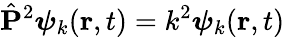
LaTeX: \hat{\mathbf{P}}^{2}\boldsymbol{\psi}_{k}(\mathbf{r},t)=k^{2}\boldsymbol{\psi}_{k}(\mathbf{r},t)